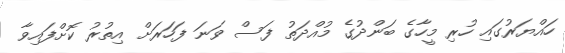
ހައްޔަރުގައި ހުރި މީހާގެ ބަންދުގެ މުއްދަތު ފަސް ވަނަ ފަހަރަށް އިތުރު ކޮށްފައިވާ